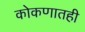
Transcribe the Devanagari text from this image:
कोकणातही